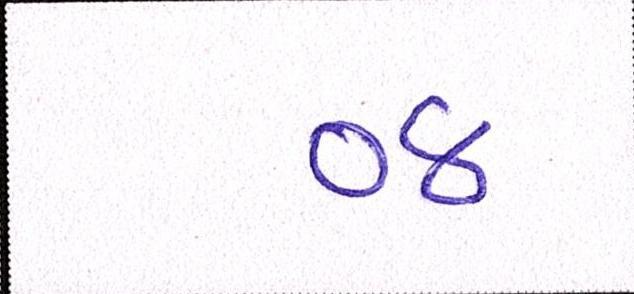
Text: ૦૪